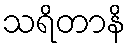
သရိတာနိ